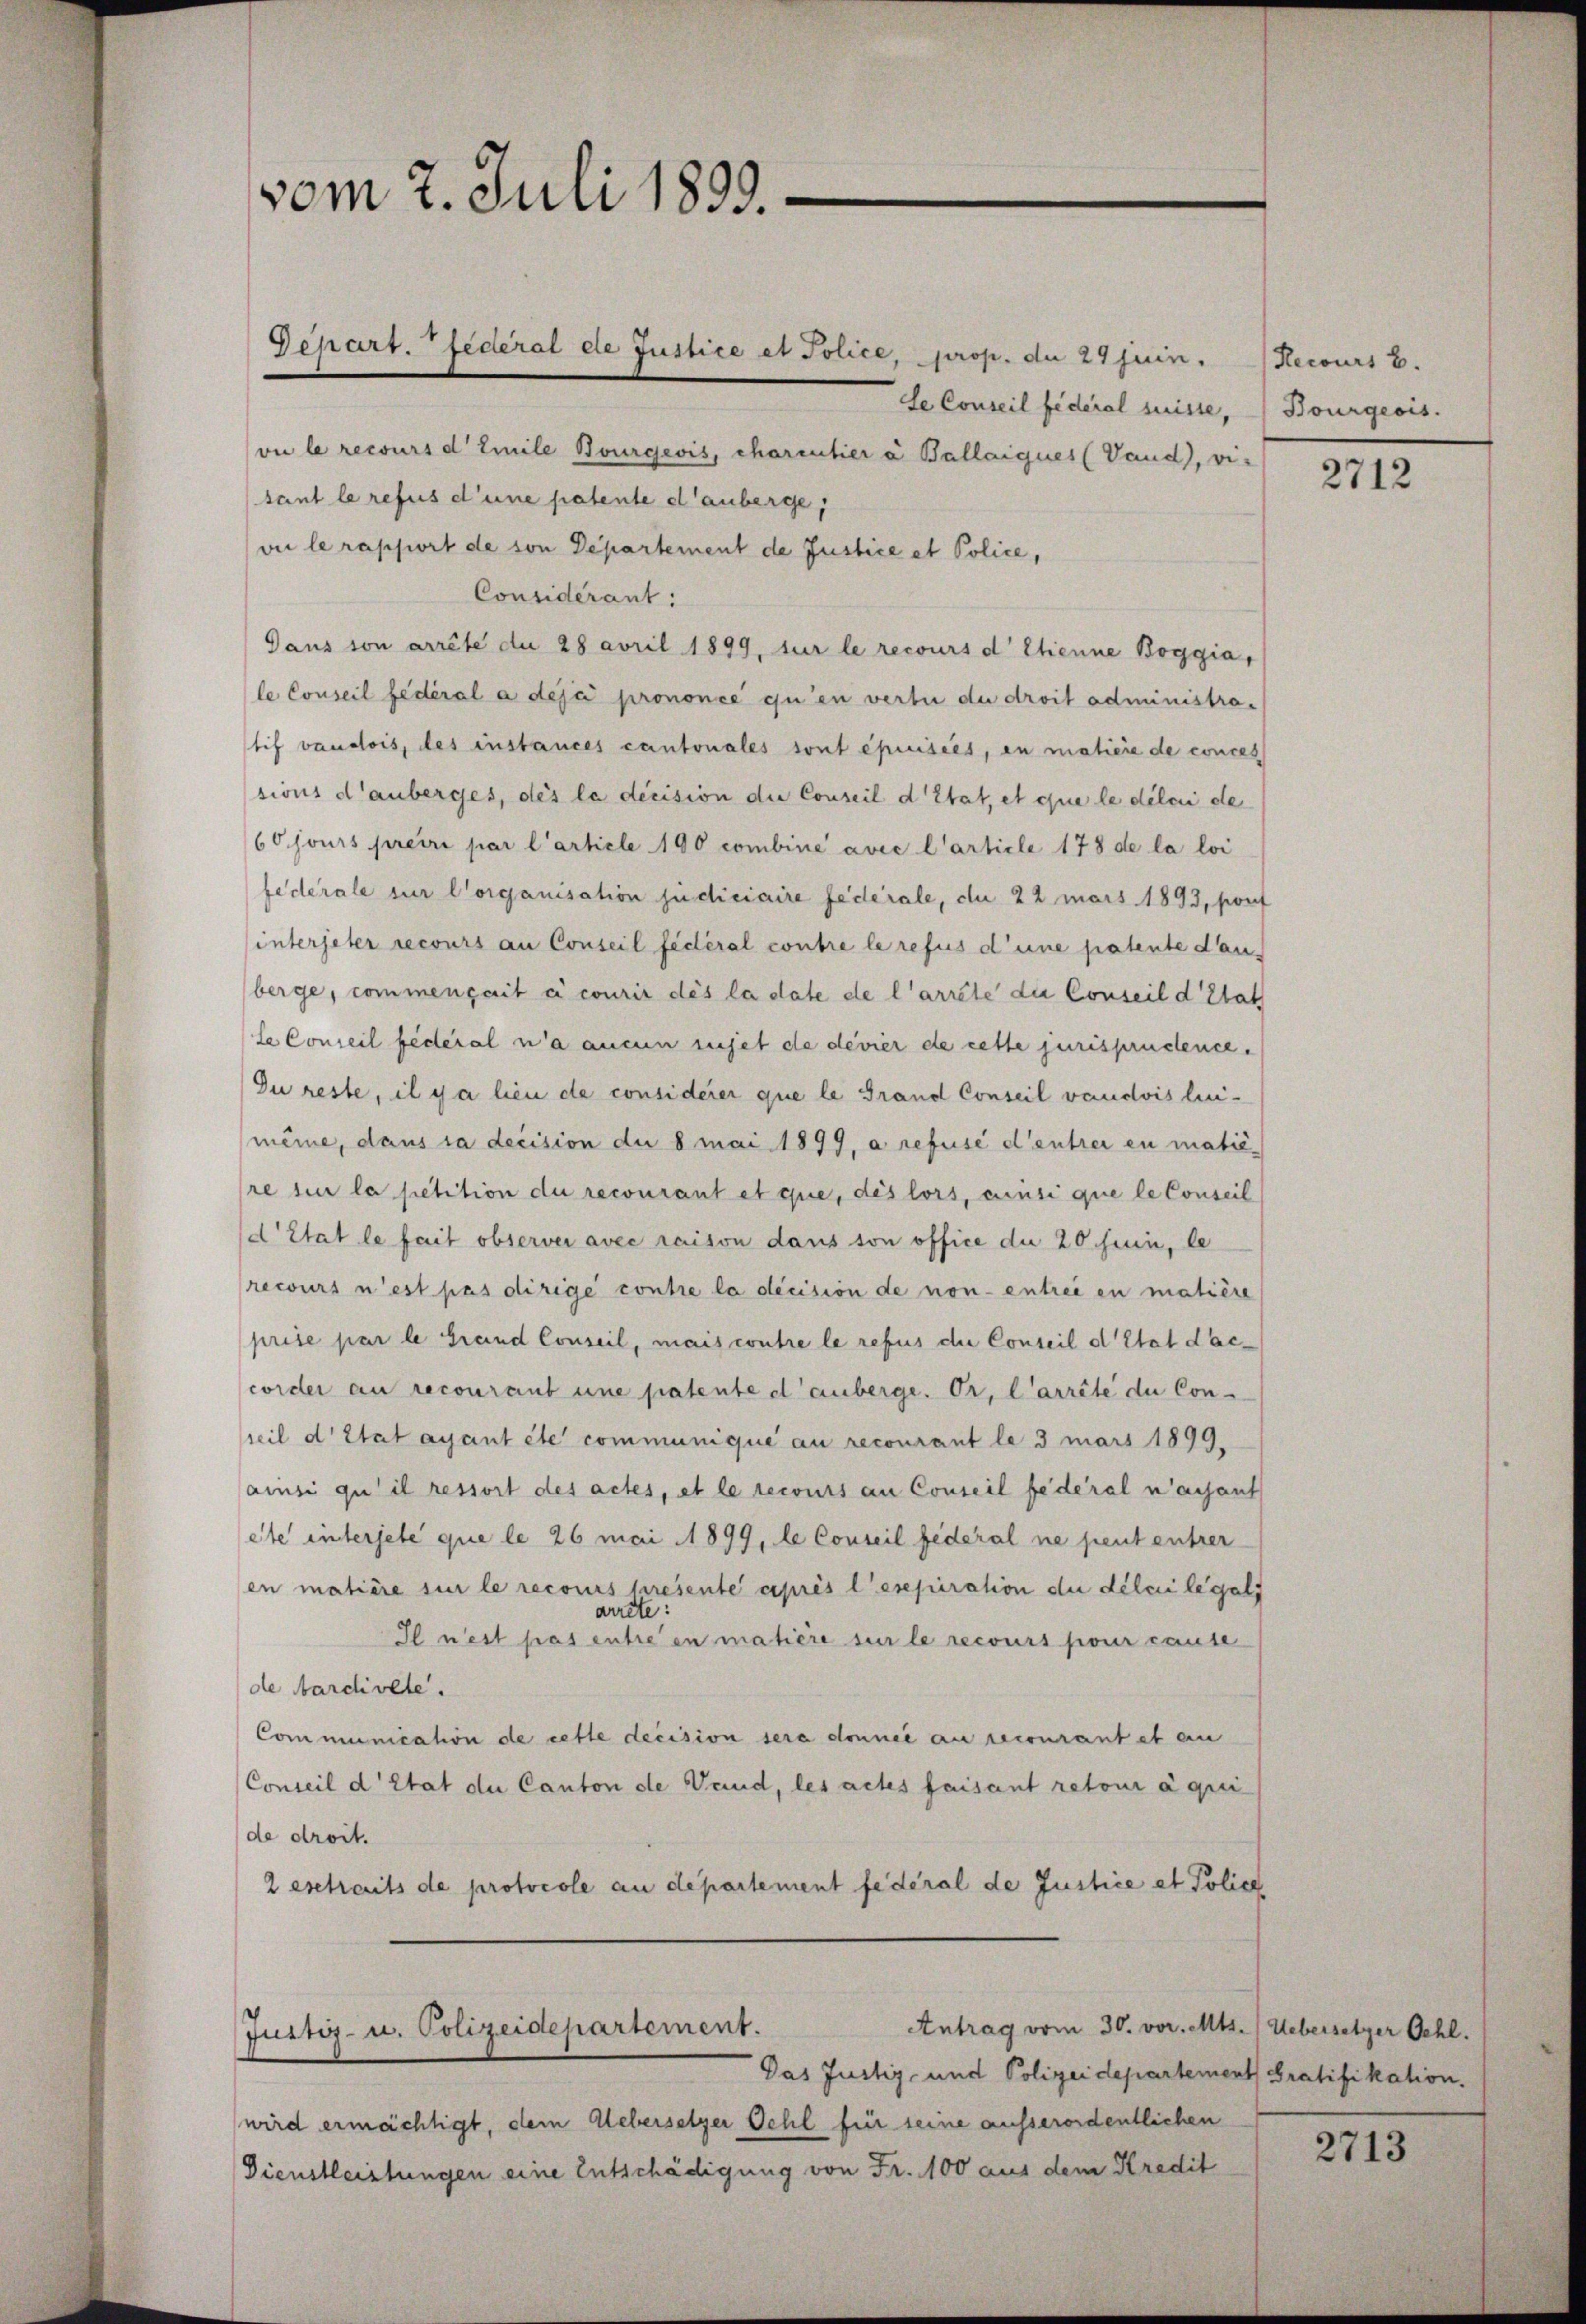
vom 7. Juli 1893.

de Conseil fédéral suisse, Bourgeois.
vii le recours d Emile Bourgeois, charentier à Ballaiques (Vaud, vi-
tant le refus d’une patente danberge,
vie le rapport de von Departement de Justice et Police,
Considérant:
Daus von arrête du 28 avril 1899, sur le recours d Etienne Boggia,
le Conseil fédéral a deja prononce qu’en vertu du droit administratif vaudois, des instances cantonales sont épuisées, en matière de conces
sions d’auberges, des la décision die Conseil d’Etat, et que le délai de
60 jours preiri par l’article 190 combine avec l’article 178 de la loi
federale zur Corganisation judiciaire fédérale, du 22 mars 1893, port
interjeter recours an Conseil fédéral contre le refus d’une patente dan
berge, commengait à courir dès la date de l’arrête die Conseil d’Etath
le Conseil fédéral n’a aucun sujet de devier de cette jurispruchence.
Du reste, il y a lieu de considerer que le Grand Conseil vaudois lui-
même, dans la decision du 8 mai 1899, a refusé d’entrer en matiè
re sur la petition du recourant et que, des lors, censi que le Conseil
d’Etat le fait observer avec raison dans son office die 20 Juin, le
recours n’est pas dirige contre la décision de non entrei en matière
prise par le Grand Conseil, mais contre le refus die Conseil d’Etat daccorder au recourant une patente d’anberge. Dr. Carrête du Con-
seil d’Etat ayant été communique au recourant le 3 mars 1899.
ainsi qu’il ressort des actes, et le recours an Conseil fédéral nachaut
ste interjeté que le 26 mai 1899, le Conseil federal ne peut entrer
en matière sur le recours presente après l’expiration du délai legals
ste:
der
Il n’est pas entreen matière sur le recours pour cause
de Aardiolle.
Communication de cette decision sera donnie an recourant et en
Conseil d’Etat du Canton de Vaud, les actes faisant retour à qui
de droit.
2 eschreits de protocole an departement fédéral de Justice et Police

Depart. fédéral de Justice et Police, prop. die 24 jein.

Justiz- u. Polizeidepartement.

Das Justiz- und Polizeidepartement Gratifikation.
wird ermächtigt, dem Uebersetzer Oehl für seine ausserordentlichen
Dienstleistungen eine Entschädigung von Fr. 100 aus dem Kredit

Antrag vom 30. vor. Mts. Uebersetzer Oehl.

Recours b.

2712

2713